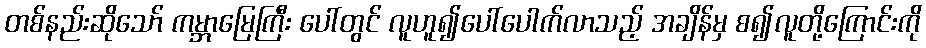
တစ်နည်းဆိုသော် ကမ္ဘာမြေကြီး ပေါ်တွင် လူဟူ၍ပေါ်ပေါက်လာသည့် အချိန်မှ စ၍လူတို့ကြောင်းကို